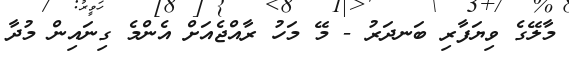
މާލޭގެ ވިޔަފާރި ބަނދަރު - މޭ މަހު ރާއްޖެއަށް އެންމެ ގިނައިން މުދާ